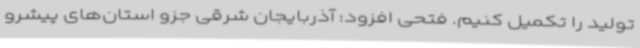
تولید را تکمیل کنیم. فتحی افزود: آذربایجان شرقی جزو استان‌های پیشرو